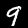
Digit: 9